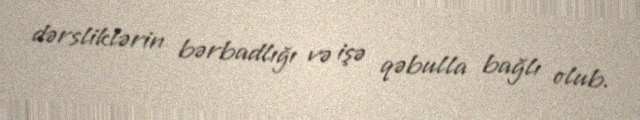
dərsliklərin bərbadlığı və işə qəbulla bağlı olub.